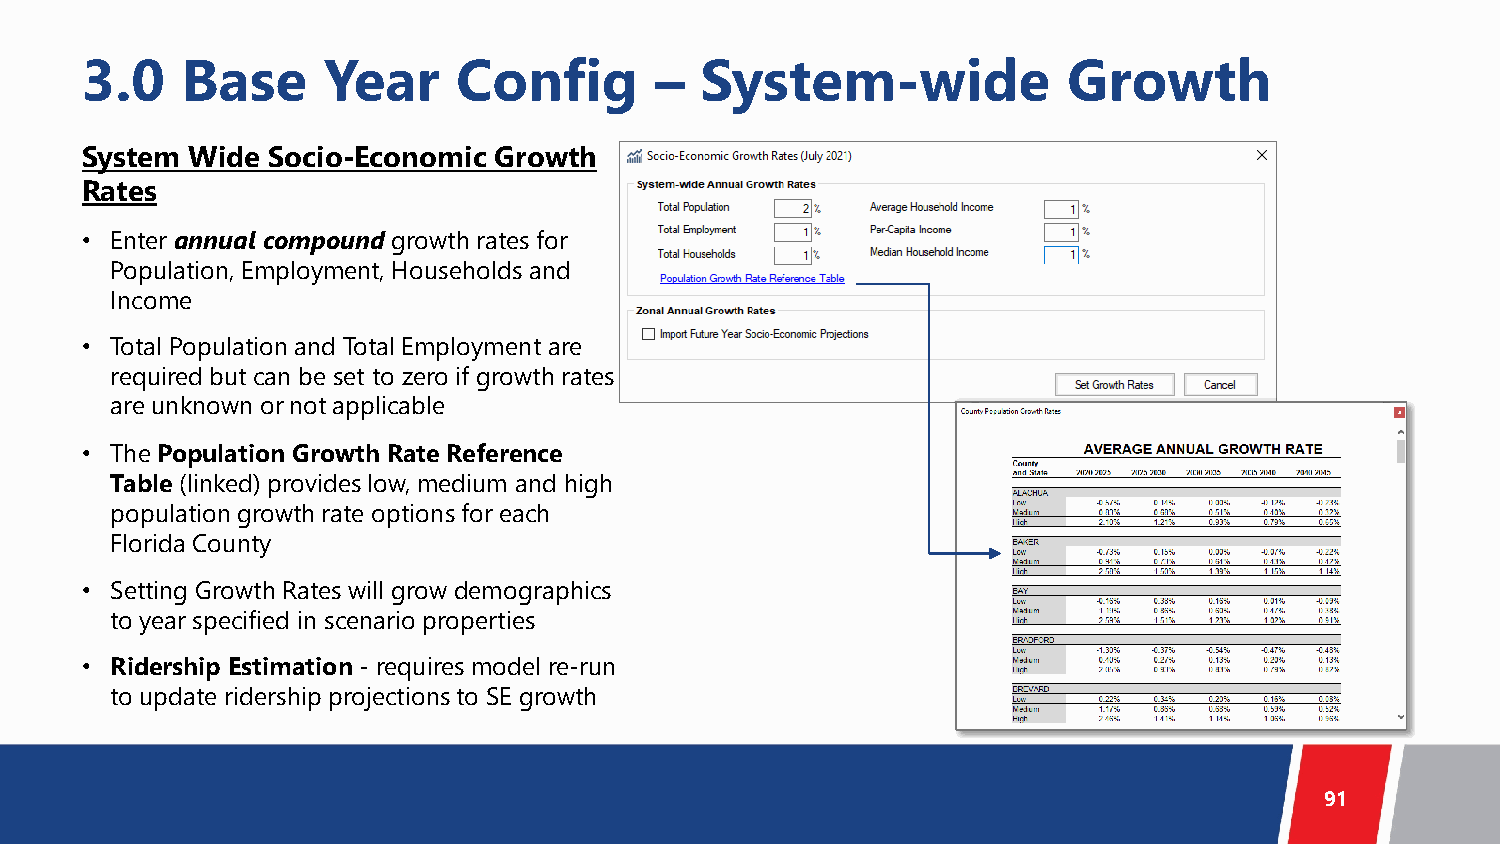
3.0    Base     Year     Config       –  System-wide              Growth
 System Wide  Socio-Economic Growth
 Rates
 • Enter annual compound growth rates for
 Population, Employment, Households and
 Income
 • Total Population and Total Employment are
 required but can be set to zero if growth rates
 are unknown or not applicable
 • The Population Growth Rate Reference
 Table (linked) provides low, medium and high
 population growth rate options for each
 Florida County
 • Setting Growth Rates will grow demographics
 to year specified in scenario properties
 • Ridership Estimation - requires model re-run
 to update ridership projections to SE growth
 91